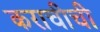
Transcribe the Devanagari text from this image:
कराचीची